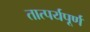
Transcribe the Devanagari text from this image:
तात्पर्यपूर्ण